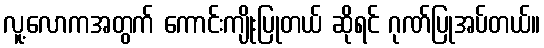
လူ့လောကအတွက် ကောင်းကျိုးပြုတယ် ဆိုရင် ဂုဏ်ပြုအပ်တယ်။